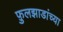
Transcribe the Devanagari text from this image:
फ़ुलझाडांच्या